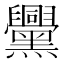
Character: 𪒵